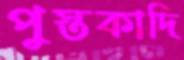
পুস্তকাদি